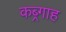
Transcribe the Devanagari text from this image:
कब्र्गाह